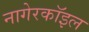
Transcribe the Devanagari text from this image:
नागेरकॉइल